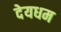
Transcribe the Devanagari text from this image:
देयधम